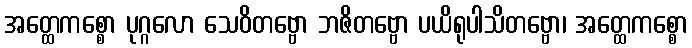
အတ္ထေကစ္စော ပုဂ္ဂလော သေဝိတဗ္ဗော ဘဇိတဗ္ဗော ပယိရုပါသိတဗ္ဗော၊ အတ္ထေကစ္စော